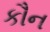
કૌન